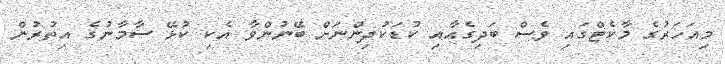
މިއަހަރުގެ މާކެޓްގައި ވެސް ބަދިގެއާއި ކުޑަކުދިންނަށް ބޭނުންވާ އެކި ކުޅޭ ސާމާނުގެ އިތުރުން